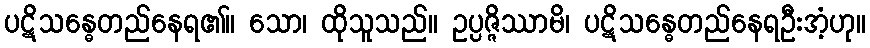
ပဋိသန္ဓေတည်နေရ၏။ သော၊ ထိုသူသည်။ ဥပ္ပဇ္ဇိဿာမိ၊ ပဋိသန္ဓေတည်နေရဦးအံ့ဟု။